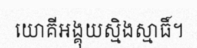
យោគីអង្គុយស្មិងស្មាធិ៍។